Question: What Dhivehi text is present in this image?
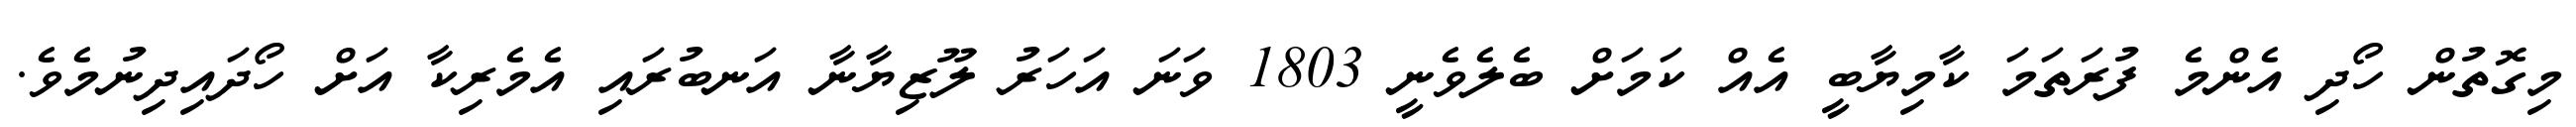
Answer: މިގޮތުން ހޯދި އެންމެ ފުރަތަމަ ކާމިޔާބީ އެއް ކަމަށް ބެލެވެނީ 1803 ވަނަ އަހަރު ލޫޒިޔާނާ އަނބުރައި އެމެރިކާ އަށް ހޯދައިދިނުމެވެ.